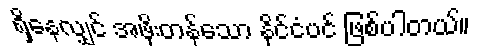
ရှိနေလျှင် အဖိုးတန်သော နိုင်ငံပင် ဖြစ်ပါတယ်။